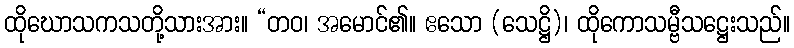
ထိုဃောသကသတို့သားအား။ “တဝ၊ အမောင်၏။ ဧသော (သေဋ္ဌိ)၊ ထိုကောသမ္ဗီသဋ္ဌေးသည်။